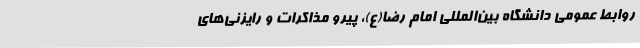
روابط عمومی دانشگاه بین‌المللی امام رضا(ع)، پیرو مذاکرات و رایزنی‌های